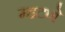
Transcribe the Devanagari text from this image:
म्हटणे